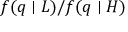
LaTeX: f ( q \mid L ) / f ( q \mid H )